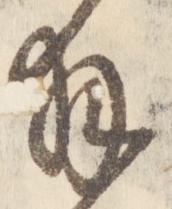
拝